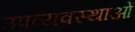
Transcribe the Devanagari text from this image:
उपव्यवस्थाओं